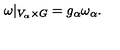
\omega | _ { V _ { \alpha } \times G } = g _ { \alpha } \omega _ { \alpha } .